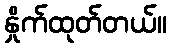
နှိုက်ထုတ်တယ်။